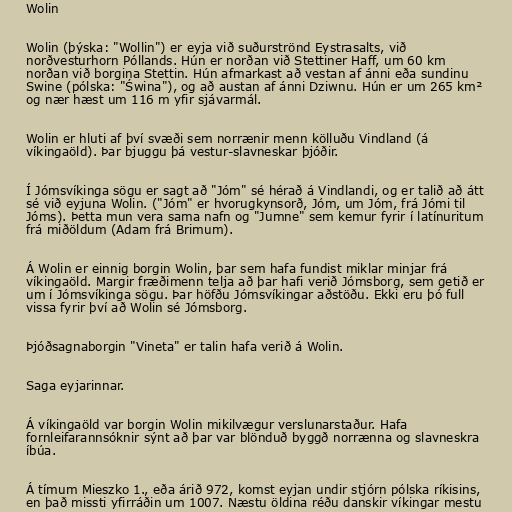
Wolin

Wolin (þýska: "Wollin") er eyja við suðurströnd Eystrasalts, við
norðvesturhorn Póllands. Hún er norðan við Stettiner Haff, um 60 km
norðan við borgina Stettin. Hún afmarkast að vestan af ánni eða sundinu
Swine (pólska: "Świna"), og að austan af ánni Dziwnu. Hún er um 265 km²
og nær hæst um 116 m yfir sjávarmál.

Wolin er hluti af því svæði sem norrænir menn kölluðu Vindland (á
víkingaöld). Þar bjuggu þá vestur-slavneskar þjóðir.

Í Jómsvíkinga sögu er sagt að "Jóm" sé hérað á Vindlandi, og er talið að átt
sé við eyjuna Wolin. ("Jóm" er hvorugkynsorð, Jóm, um Jóm, frá Jómi til
Jóms). Þetta mun vera sama nafn og "Jumne" sem kemur fyrir í latínuritum
frá miðöldum (Adam frá Brimum).

Á Wolin er einnig borgin Wolin, þar sem hafa fundist miklar minjar frá
víkingaöld. Margir fræðimenn telja að þar hafi verið Jómsborg, sem getið er
um í Jómsvíkinga sögu. Þar höfðu Jómsvíkingar aðstöðu. Ekki eru þó full
vissa fyrir því að Wolin sé Jómsborg.

Þjóðsagnaborgin "Vineta" er talin hafa verið á Wolin.

Saga eyjarinnar.

Á víkingaöld var borgin Wolin mikilvægur verslunarstaður. Hafa
fornleifarannsóknir sýnt að þar var blönduð byggð norrænna og slavneskra
íbúa.

Á tímum Mieszko 1., eða árið 972, komst eyjan undir stjórn pólska ríkisins,
en það missti yfirráðin um 1007. Næstu öldina réðu danskir víkingar mestu